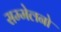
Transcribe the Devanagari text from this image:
सम्मेलनो